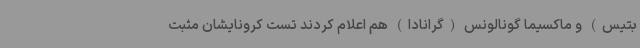
بتیس) و ماکسیما گونالونس (گرانادا) هم اعلام کردند تست کرونایشان مثبت